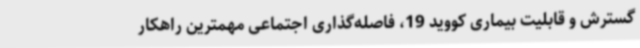
گسترش و قابلیت بیماری کووید 19، فاصله‌گذاری اجتماعی مهمترین راهکار